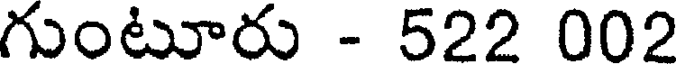
గుంటూరు - 522 002